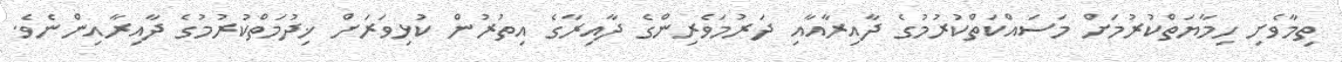
ތިމާވެށި ހިމާޔަތްކުރުމަށް މަސައްކަތްކުރުމުގެ ދާއިރާއާއި ދަރުމަވެރިންގެ ދާއިރާގެ އިތުރުން ކުޅިވަރަށް ޚިދުމަތްކުރުމުގެ ދާއިރާއިންނެވެ.